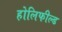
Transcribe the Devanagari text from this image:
होलिफील्ड